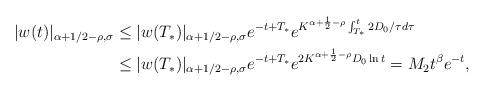
LaTeX: \begin{align*} |w(t)|_{\alpha + 1/2-\rho,\sigma} &\le |w(T_*)|_{\alpha + 1/2-\rho,\sigma} e^{-t+T_*}e^{K^{\alpha+\frac{1}{2}-\rho} \int_{T_*}^t 2D_0/\tau d\tau} \\ & \le |w(T_*)|_{\alpha + 1/2-\rho,\sigma} e^{-t+T_*}e^{2K^{\alpha+\frac{1}{2}-\rho} D_0 \ln t} = M_2 t^\beta e^{-t}, \end{align*}